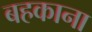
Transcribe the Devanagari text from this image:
बहकाना